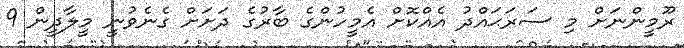
ރޫމީންނަށް މި ސަރަޙައްދު އެއްކޮށް އެމީހުންގެ ބާރުގެ ދަށަށް ގެނެވުނީ މީލާދީން 9